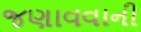
જણાવવાની